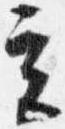
立